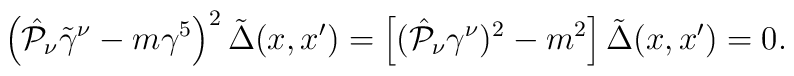
\left( \hat{{\cal P}}_\nu \tilde{\gamma}^\nu - m\gamma^5 \right)^2\tilde{\Delta}(x,x')=\left[ (\hat{{\cal P}}_\nu \gamma ^\nu)^2 - m^2 \right] \tilde{\Delta}(x,x')=0.